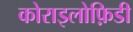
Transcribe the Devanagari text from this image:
कोराइलोफ़िडी